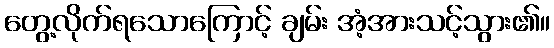
တွေ့လိုက်ရသောကြောင့် ချမ်း အံ့အားသင့်သွား၏။